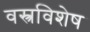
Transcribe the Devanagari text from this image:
वस्त्रविशेष